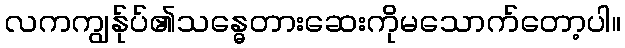
လကကျွန်ုပ်၏သန္ဓေတားဆေးကိုမသောက်တော့ပါ။